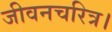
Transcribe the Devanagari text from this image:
जीवनचरित्र।